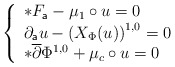
\begin{align*} \left\{ \begin{array}{lcl} *F_{\mathsf{a}} - \mu_{1}\circ u = 0 \\ \partial_{\mathsf{a}}u - \left(X_{\Phi}(u)\right)^{1,0}= 0 \\ *\overline{\partial}\Phi^{1,0} + \mu_{c} \circ u = 0 \end{array} \right.\end{align*}